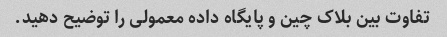
تفاوت بین بلاک چین و پایگاه داده معمولی را توضیح دهید.